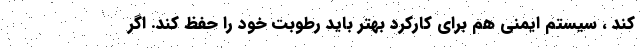
کند ، سیستم ایمنی هم برای کارکرد بهتر باید رطوبت خود را حفظ کند. اگر